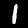
Label: 1